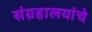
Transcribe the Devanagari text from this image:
संग्रहालयांचे